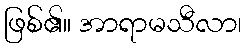
ဖြစ်၏။ အာရာမသီလာ၊